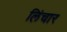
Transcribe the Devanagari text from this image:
लिंचार